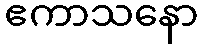
ဧကာသနော